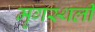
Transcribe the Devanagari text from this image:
मृगस्थली